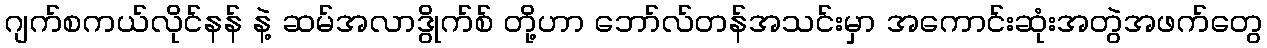
ဂျက်စကယ်လိုင်နန် နဲ့ ဆမ်အလာဒွိုက်စ် တို့ဟာ ဘော်လ်တန်အသင်းမှာ အကောင်းဆုံးအတွဲအဖက်တွေ